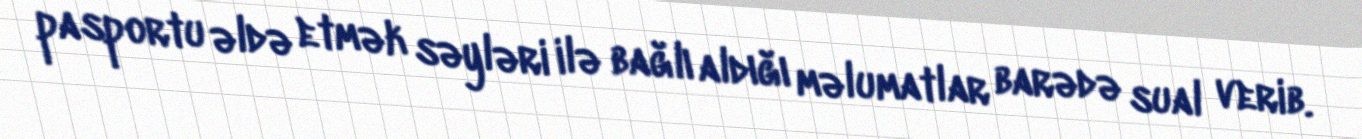
pasportu əldə etmək səyləri ilə bağlı aldığı məlumatlar barədə sual verib.